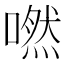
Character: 嘫